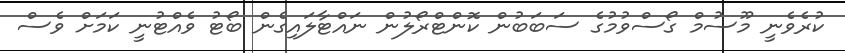
ކުރެވެނީ މޫސުމް ގޯސްވުމުގެ ސަބަބުން ކޮންޓްރޯލުން ނައްޓާލައިގެން ބޯޓު ވެއްޓުނީ ކަމަށް ވެސް